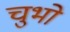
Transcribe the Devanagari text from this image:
चुभो